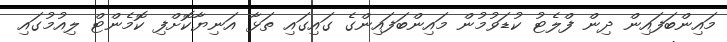
މައިންބަފައިން ދިން ފްލެޓު ކުޑަވުމުން މައިންބަފައިންގެ ގައިގައި ތަޅާ އަނިޔާކޮށްފި ކޮމެންޓް ލިއުމުގައި